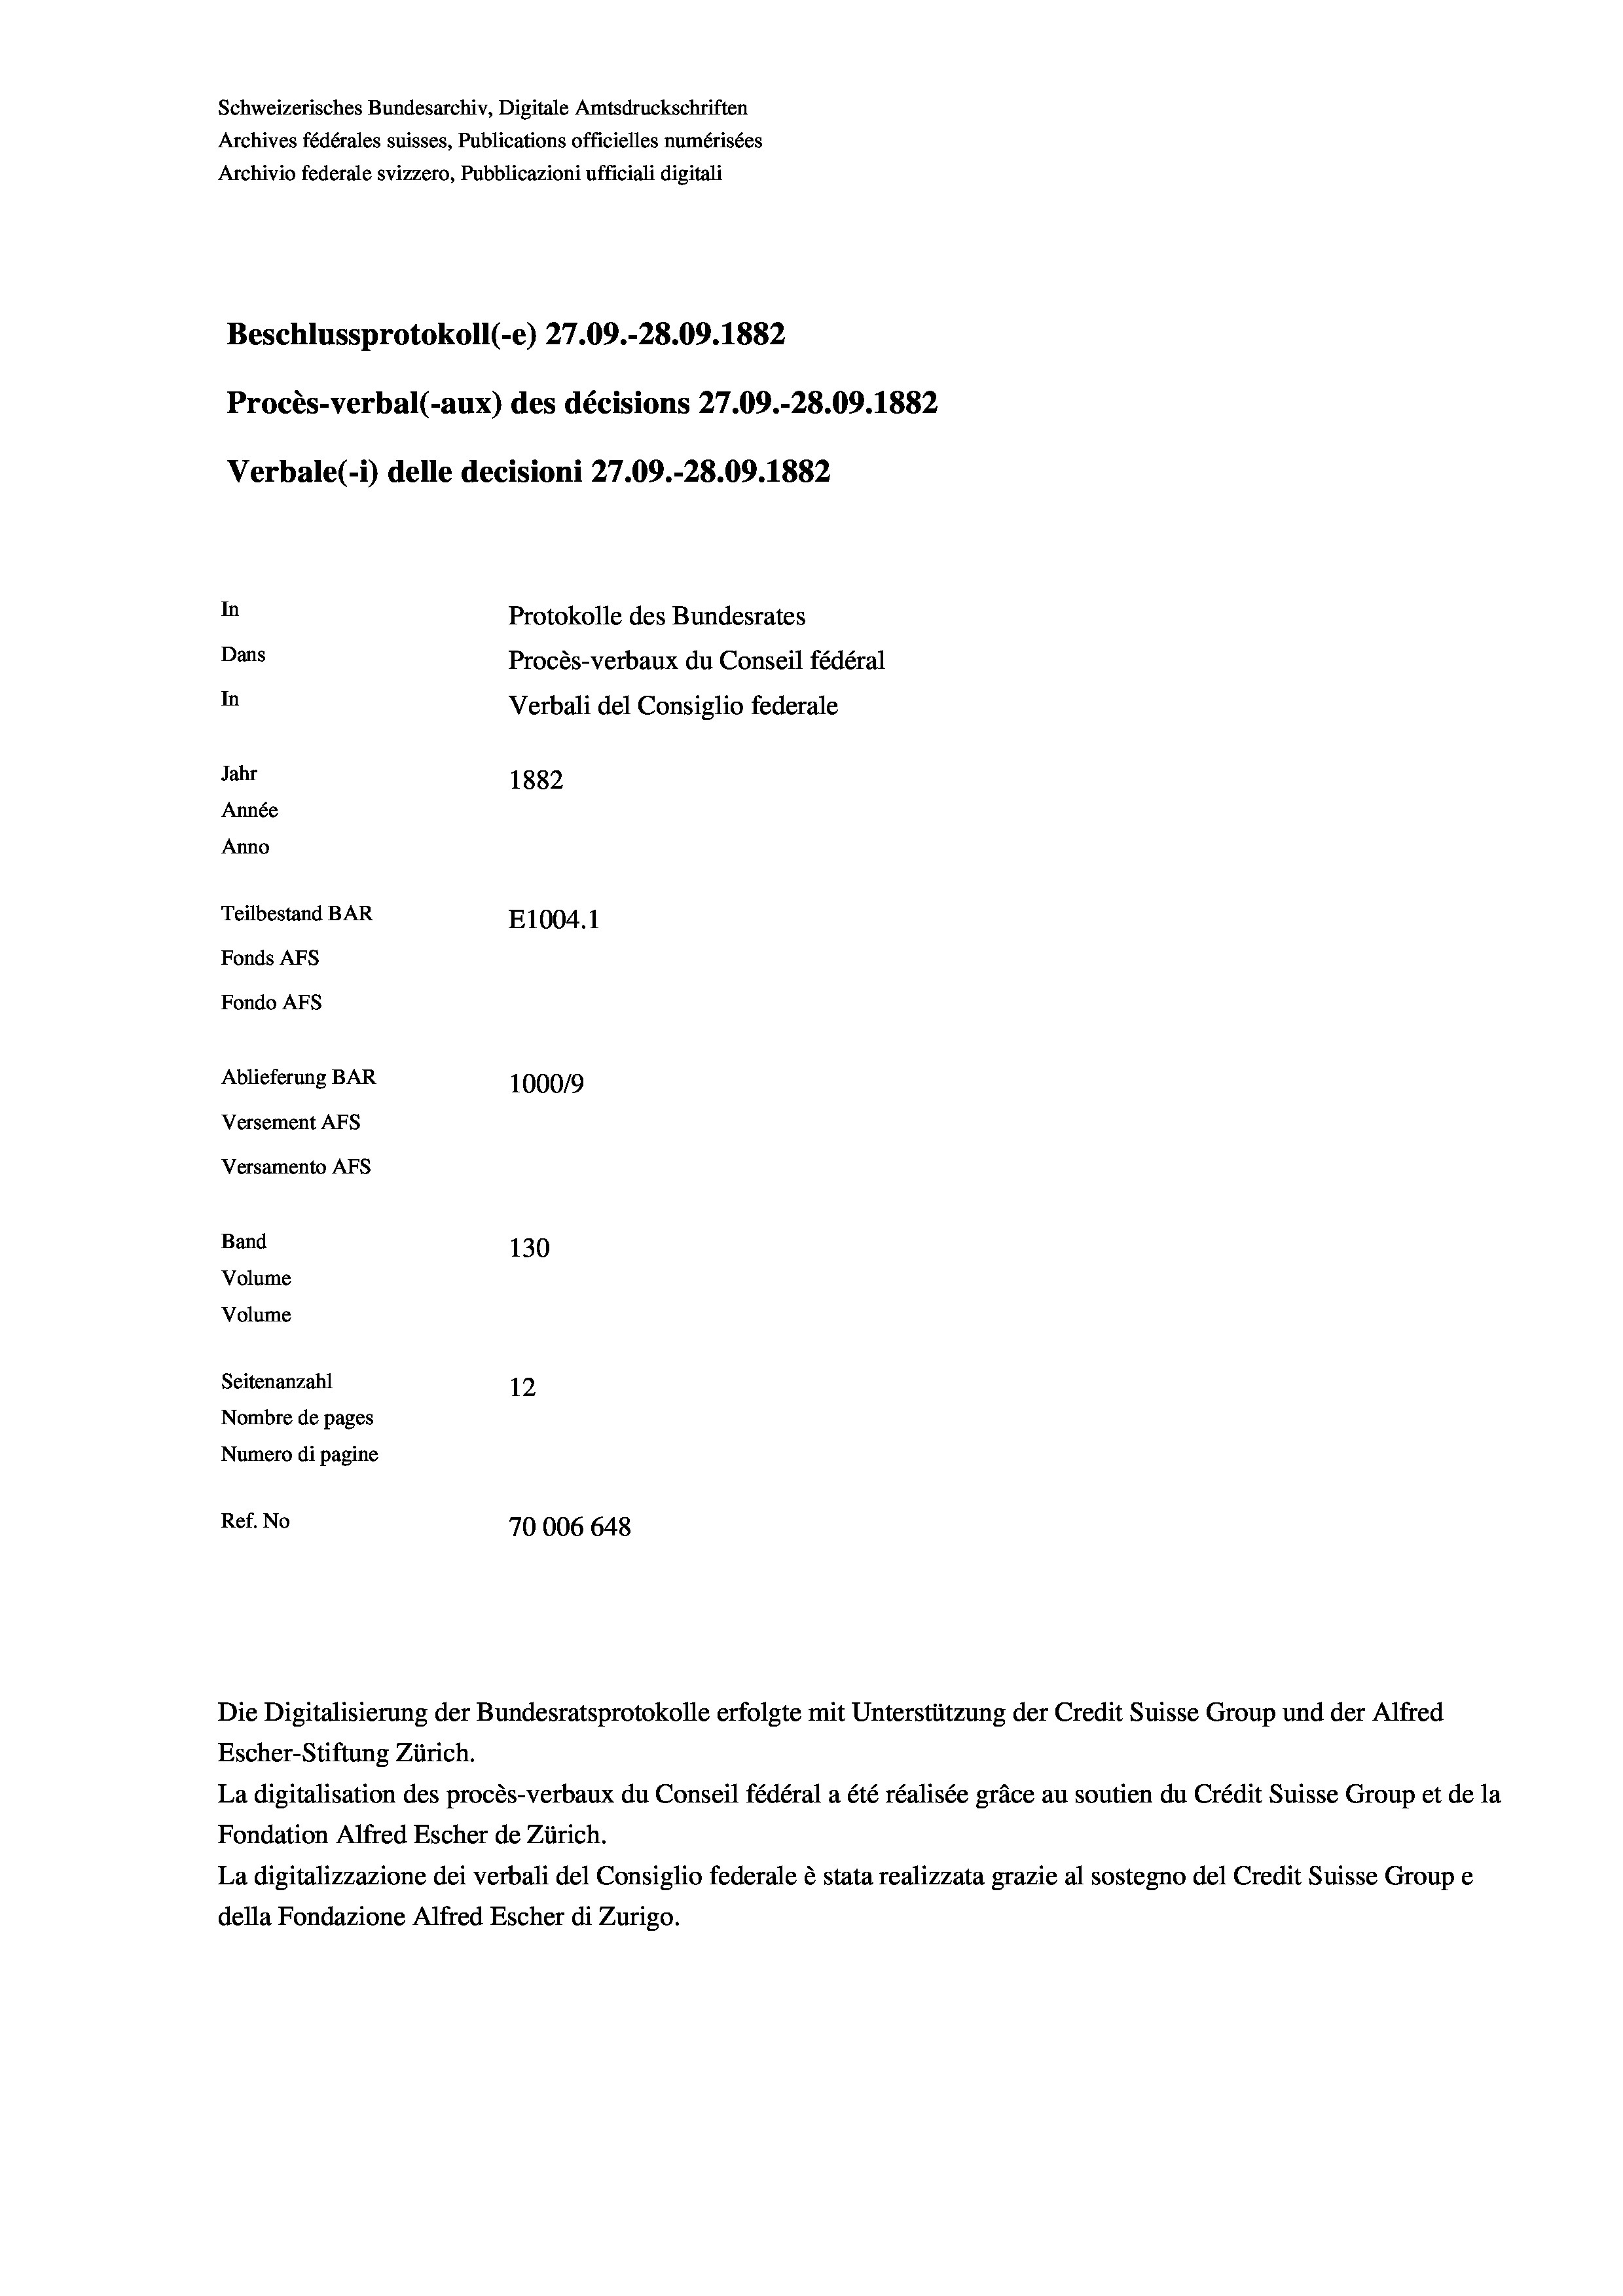
Schweizerisches Bundesarchiv, Digitale Amtsdruckschriften
Archives fédérales suisses, Publications officielles numérisées
Archivio federale svizzero, Pubblicazioni ufficiali digitali
Beschlussprotokoll (-e) 27.09.-28.09. 1882
Procès-verbal (-aux) des décisions 27.09.-28.09. 1882
Verbale(*) delle decisioni 27.09.-28.09. 1882
In
Protokolle des Bundesrates
Dans
Procès-verbaux du Conseil fédéral
In
Verbali del Consiglio federale
Jahr
1882
Année
Anno
Teilbestand BAR
E1004. 1
Fonds AFs
Fondo Afs
Ablieferung BAR
100019
Versement AFs
Versamento Afs
Band
130
Volume

Volume
Seitenanzahl
12
Nombre de pages
Numero di pagine
Ref. No
70006 648

Die Digitalisierung der Bundesratsprotokolle erfolgte mit Unterstützung der Credit Suisse Group und der Alfred
Escher-Stiftung Zürich.
La digitalisation des procès-verbaux du Conseil fédéral a été réalisée gräce au soutien du Crédit Suisse Group et de la
Fondation Alfred Escher de Zürich.
La digitalizzazione dei verbali del Consiglio federale è stata realizzata grazie al sostegno del Credit Suisse Groupe
della Fondazione Alfred Escher di Zurigo.